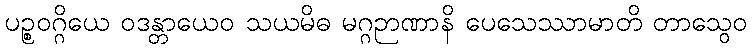
ပဉ္စဝဂ္ဂိယေ ဝဒန္တာယေဝ သယမိဓ မဂ္ဂဉာဏာနိ ပေသေဿာမာတိ တာသွေဝ